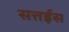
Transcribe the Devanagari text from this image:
सत्तईस